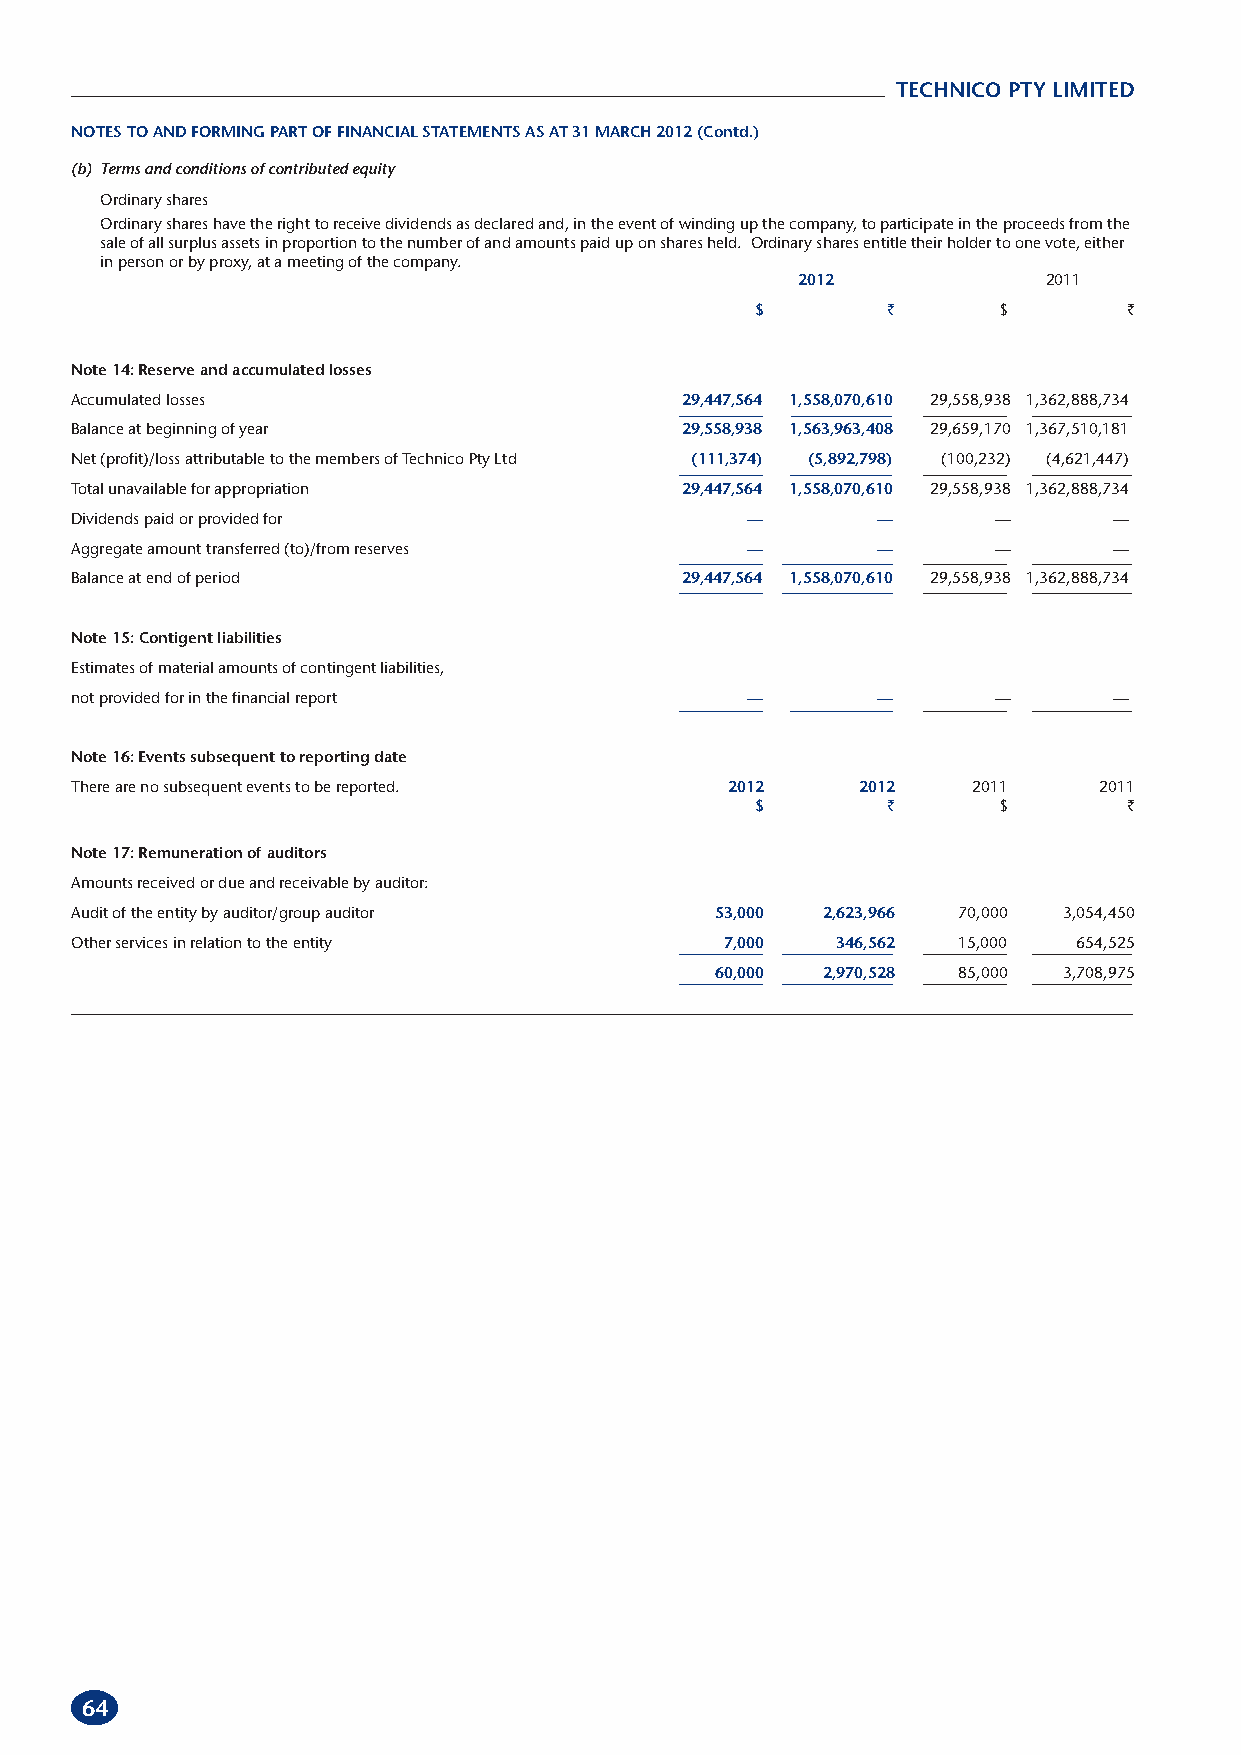
TECHNICO PTY LIMITED
 NOTES TO AND FORMING PART OF FINANCIAL STATEMENTS AS AT 31 MARCH 2012 (Contd.)
 (b) Terms and conditions of contributed equity
 Ordinary shares
 Ordinary shares have the right to receive dividends as declared and, in the event of winding up the company, to participate in the proceeds from the
 sale of all surplus assets in proportion to the number of and amounts paid up on shares held. Ordinary shares entitle their holder to one vote, either
 in person or by proxy, at a meeting of the company.
 2012            2011
 $        `      $       `
 Note 14: Reserve and accumulated losses
 Accumulated losses                      29,447,564 1,558,070,610 29,558,938 1,362,888,734
 Balance at beginning of year            29,558,938 1,563,963,408 29,659,170 1,367,510,181
 Net (profit)/loss attributable to the members of Technico Pty Ltd (111,374) (5,892,798) (100,232) (4,621,447)
 Total unavailable for appropriation     29,447,564 1,558,070,610 29,558,938 1,362,888,734
 Dividends paid or provided for              —        —       —       —
 Aggregate amount transferred (to)/from reserves —    —       —       —
 Balance at end of period                29,447,564 1,558,070,610 29,558,938 1,362,888,734
 Note 15: Contigent liabilities
 Estimates of material amounts of contingent liabilities,
 not provided for in the financial report    —        —       —       —
 Note 16: Events subsequent to reporting date
 There are no subsequent events to be reported. 2012 2012   2011     2011
 $        `      $       `
 Note 17: Remuneration of auditors
 Amounts received or due and receivable by auditor:
 Audit of the entity by auditor/group auditor 53,000 2,623,966 70,000 3,054,450
 Other services in relation to the entity   7,000  346,562 15,000  654,525
 60,000 2,970,528 85,000 3,708,975
 64